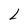
Character: L